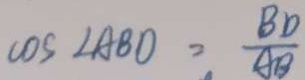
\cos \angle A B O = \frac { B D } { A B }